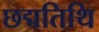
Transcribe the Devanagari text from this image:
छद्मतिथि